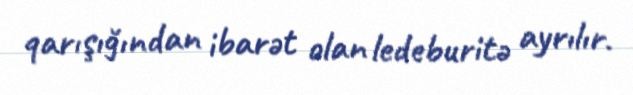
qarışığından ibarət olan ledeburitə ayrılır.